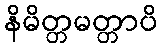
နိမိတ္တမတ္တာပိ